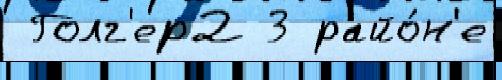
 Голг'ер2 3 райо́н'е